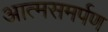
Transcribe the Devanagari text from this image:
आत्‍मसमर्पण